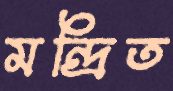
মন্দ্রিত